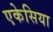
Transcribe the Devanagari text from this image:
एकेसिया